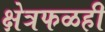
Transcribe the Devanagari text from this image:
क्षेत्रफळही